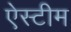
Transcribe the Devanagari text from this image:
ऐस्टीम